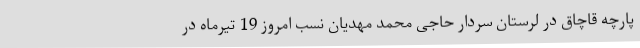
پارچه قاچاق در لرستان سردار حاجی محمد مهدیان نسب امروز 19 تیرماه در